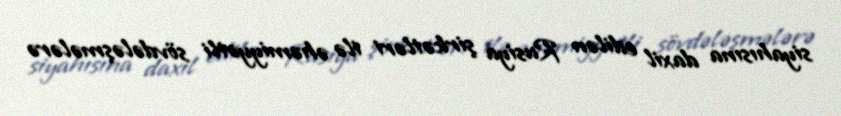
siyahısına daxil edilən Rusiya şirkətləri ilə əhəmiyyətli sövdələşmələrə